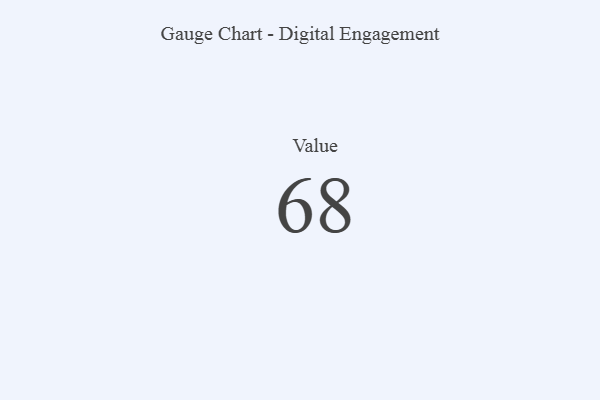
{"axis": {"x": "Metric", "y": "Value"}, "legend": [""], "data": [{"x": "Value", "y": 68, "type": ""}]}